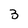
Character: 3